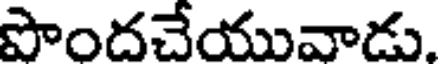
పొందచేయువాడు.